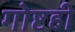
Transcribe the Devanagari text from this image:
गोष्टही